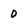
Character: 0